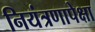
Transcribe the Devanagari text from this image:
नियंत्रणापेक्षा